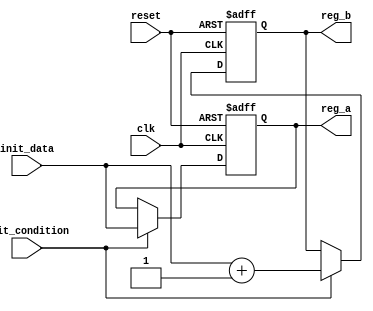
module ConditionalInitialization (
    input wire clk,                  // Clock signal
    input wire reset,                // Asynchronous reset signal
    input wire init_condition,       // Control signal to trigger initialization
    input wire [7:0] init_data,      // Data input for initialization
    output reg [7:0] reg_a,          // Initialized register A
    output reg [7:0] reg_b           // Initialized register B
);

    // Initial state for registers
    initial begin
        reg_a = 8'b00000000;          // Default value for reg_a
        reg_b = 8'b00000000;          // Default value for reg_b
    end

    // Synchronous process for initialization
    always @(posedge clk or posedge reset) begin
        if (reset) begin
            // Clear registers on reset
            reg_a <= 8'b00000000;
            reg_b <= 8'b00000000;
        end else if (init_condition) begin
            // Conditional initialization
            reg_a <= init_data;        // Initialize reg_a with init_data
            reg_b <= init_data + 8'b00000001; // Example: initialize reg_b with incremented value
        end
        // If init_condition is not met, retain current values
    end

endmodule